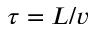
\tau = L / v